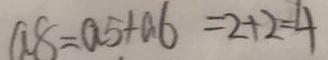
a 8 = a 5 + a 6 = 2 + 2 = 4